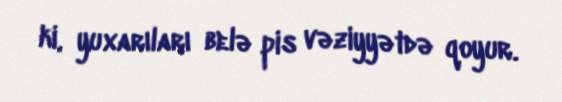
ki, yuxarıları belə pis vəziyyətdə qoyur.